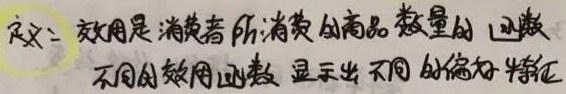
定义：效用是消费者所消费的商品数量的函数。不同的效用函数，显示出不同的偏好特征。